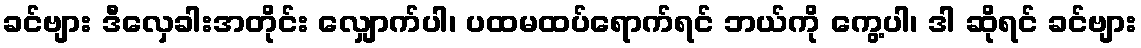
ခင်ဗျား ဒီလှေခါးအတိုင်း လျှောက်ပါ၊ ပထမထပ်ရောက်ရင် ဘယ်ကို ကွေ့ပါ၊ ဒါ ဆိုရင် ခင်ဗျား